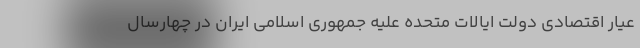
عیار اقتصادی دولت ایالات متحده علیه جمهوری اسلامی ایران در چهارسال